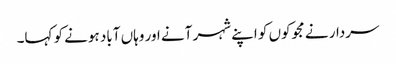
سردار نے مجوکوں کو اپنے شہر آنے اور وہاں آباد ہونے کو کہا۔